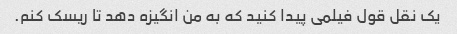
یک نقل قول فیلمی پیدا کنید که به من انگیزه دهد تا ریسک کنم.